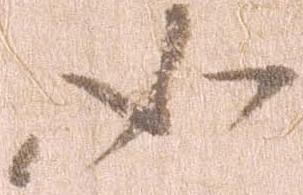
如